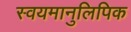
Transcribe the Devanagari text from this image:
स्वयमानुलिपिक